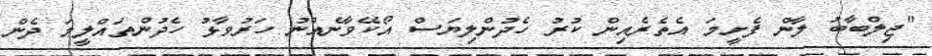
"ޖިލްބާބު ލާން ފެށީމަ އެތެރެއިން ކުރު ހެދުންލިޔަސް އޯކޭވާނެއްނު ހަރުވާޅު ހެދުންތައްލީމަ ދެން